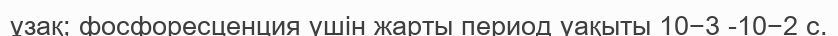
ұзақ; фосфоресценция үшін жарты период уақыты 10−3 -10−2 с.